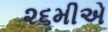
૨૬મીએ